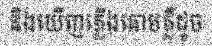
និងឃើញភ្លើងគោមភ្លឺដូច